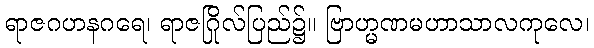
ရာဇဂဟနဂရေ၊ ရာဇဂြိုလ်ပြည်၌။ ဗြာဟ္မဏမဟာသာလကုလေ၊